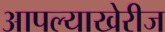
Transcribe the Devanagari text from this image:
आपल्याखेरीज